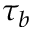
\tau _ { b }